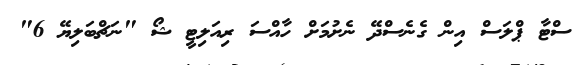
ސްޓާ ޕްލަސް އިން ގެނެސްދޭ ނެށުމަށް ހާއްސަ ރިއަލިޓީ ޝޯ "ނަޗްބަލިޔޭ 6"